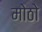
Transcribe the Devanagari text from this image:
मोठो